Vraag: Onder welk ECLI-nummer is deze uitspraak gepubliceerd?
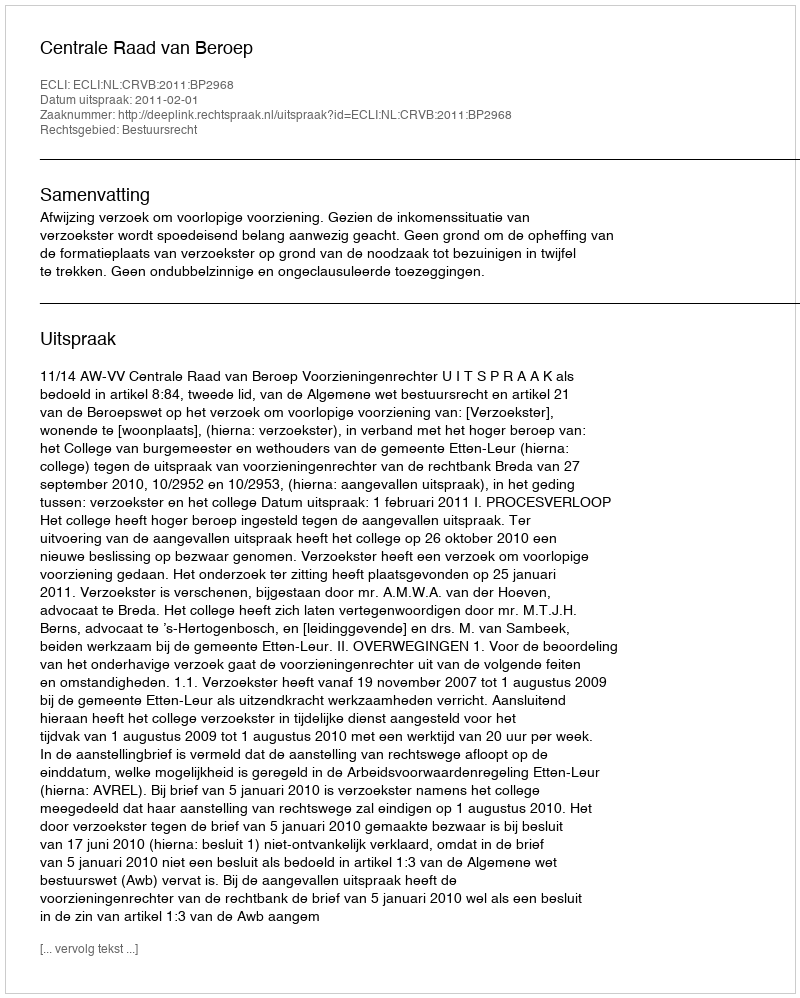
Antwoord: ECLI:NL:CRVB:2011:BP2968